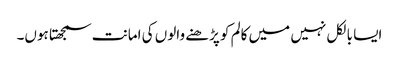
ایسا بالکل نہیں میں کالم کو پڑھنے والوں کی امانت سمجھتا ہوں۔